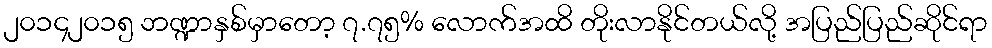
၂၀၁၄၂၀၁၅ ဘဏ္ဍာနှစ်မှာတော့ ၇.၇၅% လောက်အထိ တိုးလာနိုင်တယ်လို့ အပြည်ပြည်ဆိုင်ရာ